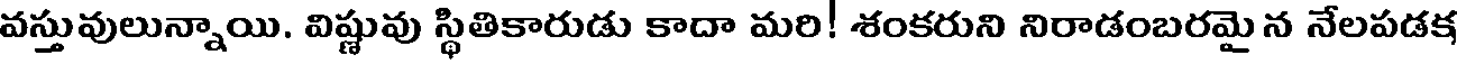
వస్తువులున్నాయి. విష్ణువు స్థితికారుడు కాదా మరి! శంకరుని నిరాడంబరమై న నేలపడక